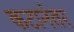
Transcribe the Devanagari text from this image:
कटानंतर